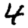
Digit: 4